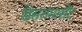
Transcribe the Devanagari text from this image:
डिसरामासेंट